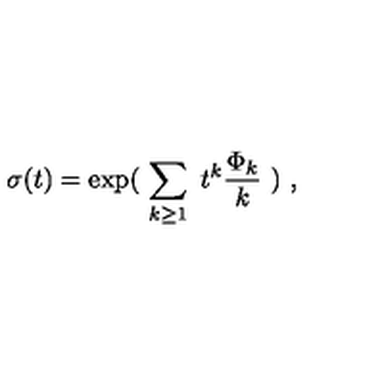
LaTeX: \sigma ( t ) = \exp ( \ \sum _ { k \geq 1 } \ t ^ { k } { \frac { \Phi _ { k } } { k } } \ ) \ ,